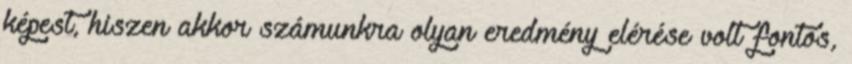
képest, hiszen akkor számunkra olyan eredmény elérése volt fontos,